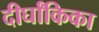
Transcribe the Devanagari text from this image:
दीर्घांकिका